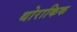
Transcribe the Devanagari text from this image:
थोराकिक